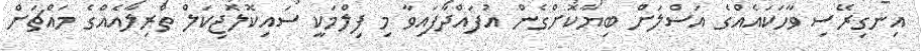
އިނގިރޭސި ވާހަކައެއްގެ އަސްލަށް ބިޔާކޮށްގެން އުފައްދާފައިވާ މި ފިލްމަކީ ސައިކޮލޮޖިކަލް ތްރިލާއެއްގެ މައްޗަށް